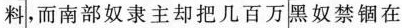
料]，而南部奴隶主却把几百万[黑奴禁锢在